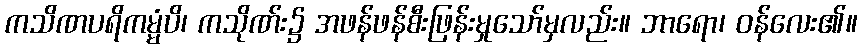
ကသိဏပရိကမ္မံပိ၊ ကသိုဏ်း၌ အဖန်ဖန်စီးဖြန်းမှုသော်မှလည်း။ ဘာရော၊ ဝန်လေး၏။